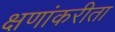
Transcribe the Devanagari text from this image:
क्षणांकरीता